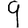
Digit: 9